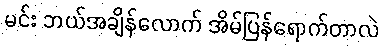
မင်း ဘယ်အချိန်လောက် အိမ်ပြန်ရောက်တာလဲ